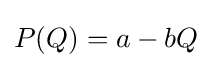
P(Q)=a-bQ